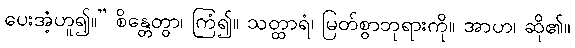
ပေးအံ့ဟူ၍။” စိန္တေတွာ၊ ကြံ၍။ သတ္ထာရံ၊ မြတ်စွာဘုရားကို။ အာဟ၊ ဆို၏။